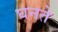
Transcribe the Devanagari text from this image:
घनते